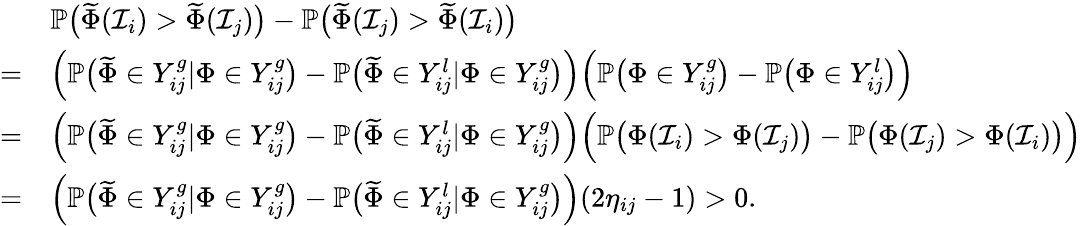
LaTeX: \begin{array}{rl}&{\mathbb{P}\big(\widetilde{\Phi}(\mathcal{I}_{i})>\widetilde{\Phi}(\mathcal{I}_{j})\big)-\mathbb{P}\big(\widetilde{\Phi}(\mathcal{I}_{j})>\widetilde{\Phi}(\mathcal{I}_{i})\big)}\\ {=}&{\Big(\mathbb{P}\big(\widetilde{\Phi}\in Y_{ij}^{g}|\Phi\in Y_{ij}^{g}\big)-\mathbb{P}\big(\widetilde{\Phi}\in Y_{ij}^{l}|\Phi\in Y_{ij}^{g}\big)\Big)\Big(\mathbb{P}\big(\Phi\in Y_{ij}^{g}\big)-\mathbb{P}\big(\Phi\in Y_{ij}^{l}\big)\Big)}\\ {=}&{\Big(\mathbb{P}\big(\widetilde{\Phi}\in Y_{ij}^{g}|\Phi\in Y_{ij}^{g}\big)-\mathbb{P}\big(\widetilde{\Phi}\in Y_{ij}^{l}|\Phi\in Y_{ij}^{g}\big)\Big)\Big(\mathbb{P}\big(\Phi(\mathcal{I}_{i})>\Phi(\mathcal{I}_{j})\big)-\mathbb{P}\big(\Phi(\mathcal{I}_{j})>\Phi(\mathcal{I}_{i})\big)\Big)}\\ {=}&{\Big(\mathbb{P}\big(\widetilde{\Phi}\in Y_{ij}^{g}|\Phi\in Y_{ij}^{g}\big)-\mathbb{P}\big(\widetilde{\Phi}\in Y_{ij}^{l}|\Phi\in Y_{ij}^{g}\big)\Big)(2\eta_{ij}-1)>0.}\end{array}